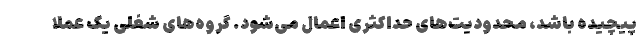
پیچیده باشد، محدودیت‌های حداکثری اعمال می‌شود. گروه‌های شغلی یک عملا